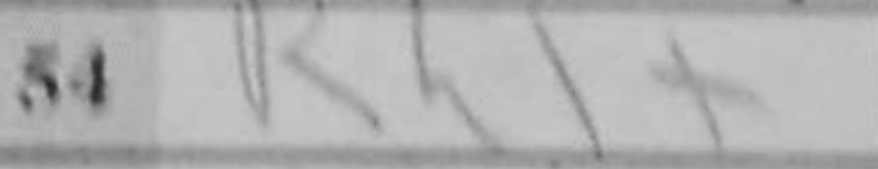
Transcription: Rh1+